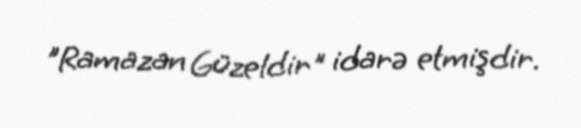
"Ramazan Güzeldir" idarə etmişdir.